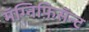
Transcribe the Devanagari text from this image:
मॅग्निफ़िसॅन्ट